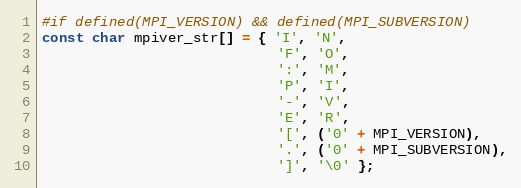
Language: C
#if defined(MPI_VERSION) && defined(MPI_SUBVERSION)
const char mpiver_str[] = { 'I', 'N',
                            'F', 'O',
                            ':', 'M',
                            'P', 'I',
                            '-', 'V',
                            'E', 'R',
                            '[', ('0' + MPI_VERSION),
                            '.', ('0' + MPI_SUBVERSION),
                            ']', '\0' };